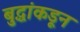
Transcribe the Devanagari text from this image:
बुद्धांकडून